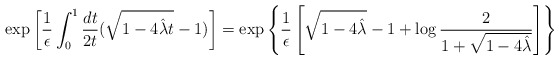
\begin{align*}\exp\left[{1\over\epsilon}\int_0^1 {dt\over 2t} (\sqrt{1-4{\hat\lambda} t}-1)\right]=\exp\left\{{1\over\epsilon}\left[\sqrt{1-4{\hat\lambda}}-1+\log{2\over 1+\sqrt{1-4{\hat\lambda}}}\right]\right\}\end{align*}